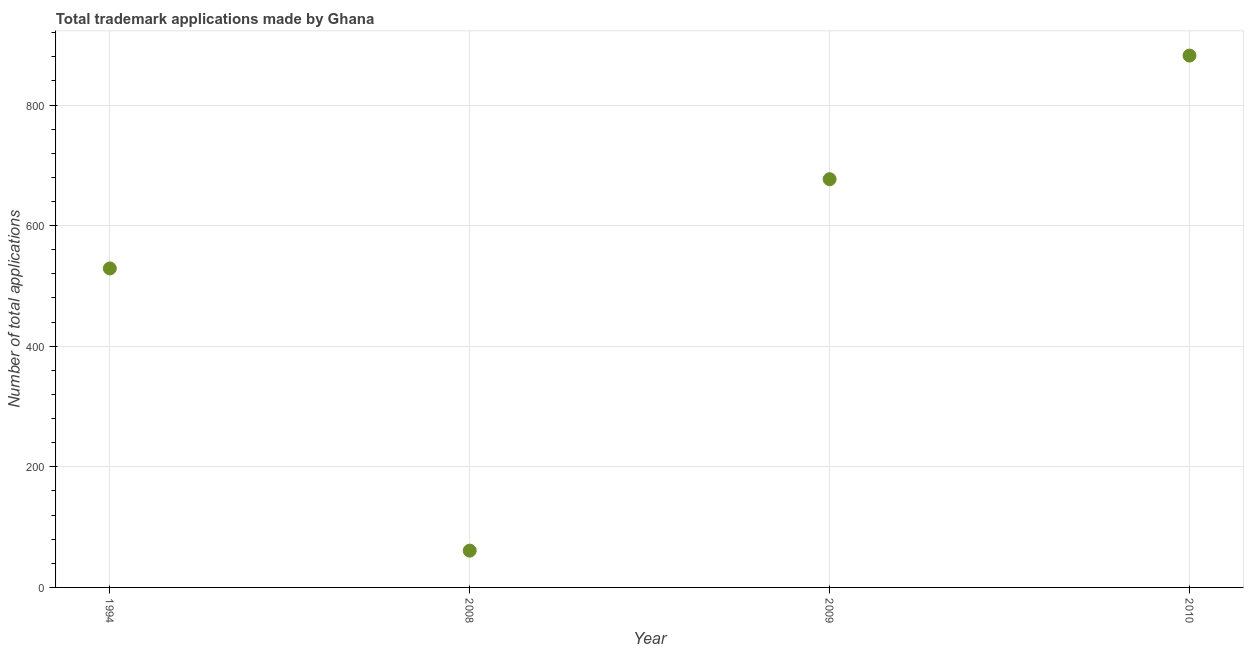
| Year | Trademark applications |
 | --- | --- |
 | 1994 | 529 |
 | 2008 | 61 |
 | 2009 | 677 |
 | 2010 | 882 |